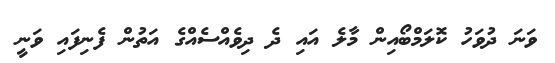
ވަނަ ދުވަހު ކޮލަމްބޯއިން މާލެ އައި ދެ ދިވެއްސެއްގެ އަތުން ފެނިފައި ވަނީ